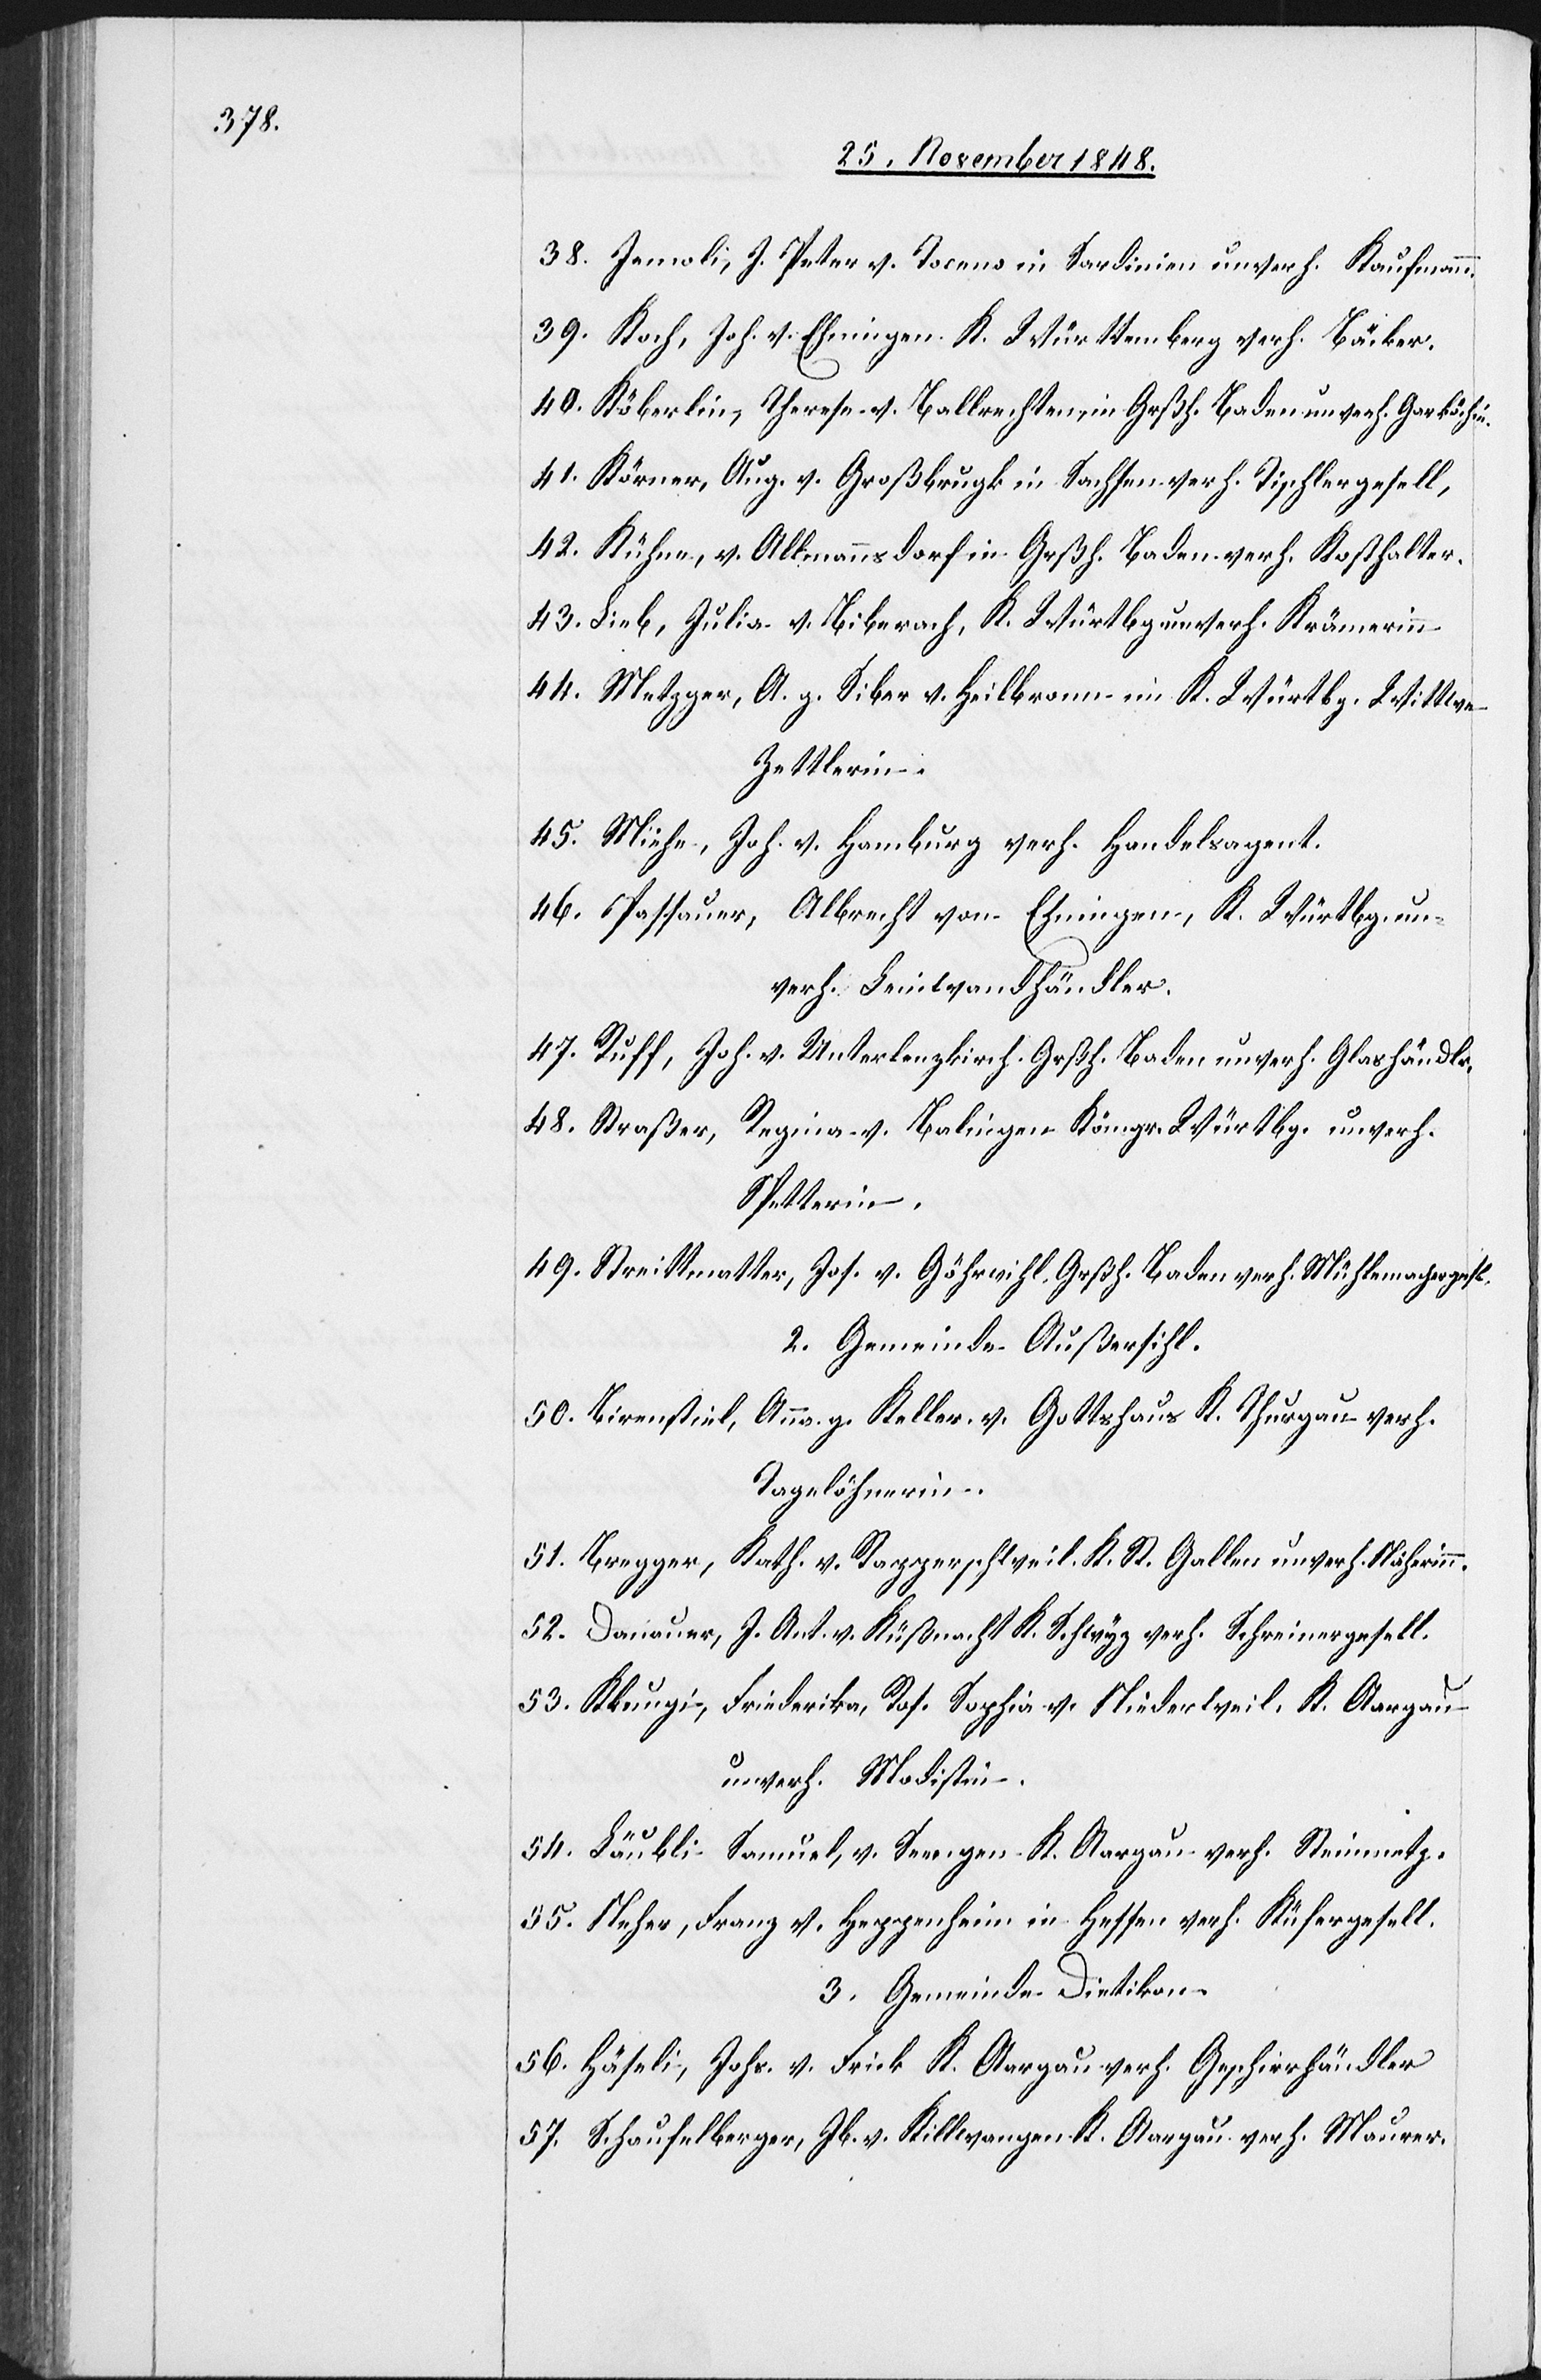
38. Jemoli, J. Peter v. Tocens in Sardinien unverh. Kaufmann.
39. Koch, Joh. v. Ehningen. K. Württemberg verh. Bäcker.
40. Köberlin, Therese v. Ballrechten, in Grßh. Baden unverh. Garköchin.
41. Körner, Aug. v. Großbrugk in Sachsen verh. Tischlergesell,
42. Kühne, v. Allmannsdorf in Grßh. Baden verh. Kosthalter.
43. Lieb, Julia v. Biberach, K. Würtbg unverh. Krämerinn
44. Metzger, A. g. Siber v. Heilbronn im K. Würtbg. Wittwe
Zettlerin.
45. Miehe, Joh. v. Hamburg verh. Handelsagent.
46. Passauer, Albrecht von Ehningen, K. Würtbg. un¬
verh. Leinwandhändler.
47. Ruff, Joh. v. Unterlenzkirch Grßh. Baden unverh. Glashändlr.
48. Straßer, Regina v. Balingen Königr. Würtbg. unverh.
Spetterin.
49. Streittmatter, Jos. v. Göhrwihl. Grßh. Baden verh. Mühlemachergesl.
2. Gemeinde Außersihl.
50. Birenstiel, Anna g. Keller v. Gottshaus K. Thurgau verh.
Tagelöhnerin.
51. Bregger, Kath. v. Rapperschweil K. St. Gallen unverh. Näherinn.
52. Danauer,
J. Ant. v. Küßnacht K. Schwyz verh. Schreinergesell.
53. Kleugi, Friederika, Ros. Sophia v. Niederwiel. K. Aargau
unverh. Modistin.
54. Läubli Samuel, v. Seengen K. Aargau verh. Steinmetz.
55. Neher, Franz v. Heppenheim in Hessen verh. Küfergesell.
3. Gemeinde Dietikon.
56. Häseli, Johs. v. Frick K. Aargau verh. Geschirrhändler
57. Schaufelberger, Jb. v. Killwangen K. Aargau verh. Maurer.